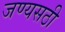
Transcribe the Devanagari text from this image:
जण्यसठी